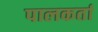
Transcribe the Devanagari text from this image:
पालकर्ता